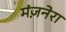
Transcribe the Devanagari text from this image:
मंज़नेरा